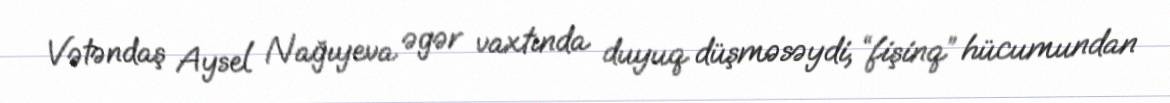
Vətəndaş Aysel Nağıyeva əgər vaxtında duyuq düşməsəydi, “fişinq” hücumundan